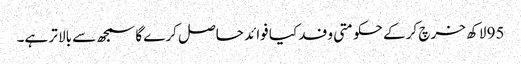
95 لاکھ خرچ کر کے حکومتی وفد کیا فوائد حاصل کرے گا سمجھ سے بالا تر ہے۔